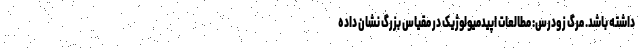
داشته باشد. مرگ زودرس: مطالعات اپیدمیولوژیک در مقیاس بزرگ نشان داده